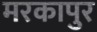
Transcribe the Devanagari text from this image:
मरकापुर